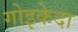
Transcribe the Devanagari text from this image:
गोइकेदा